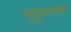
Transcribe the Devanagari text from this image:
सुकूथानकर